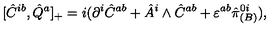
[ \hat { C } ^ { i b } , \hat { Q } ^ { a } ] _ { + } = i ( \partial ^ { i } \hat { C } ^ { a b } + \hat { A } ^ { i } \wedge \hat { C } ^ { a b } + \varepsilon ^ { a b } \hat { \pi } _ { ( B ) } ^ { 0 i } ) ,